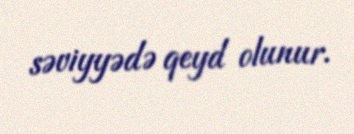
səviyyədə qeyd olunur.